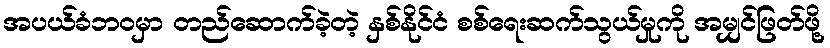
အပယ်ခံဘဝမှာ တည်ဆောက်ခဲ့တဲ့ နှစ်နိုင်ငံ စစ်ရေးဆက်သွယ်မှုကို အမျှင်ဖြတ်ဖို့